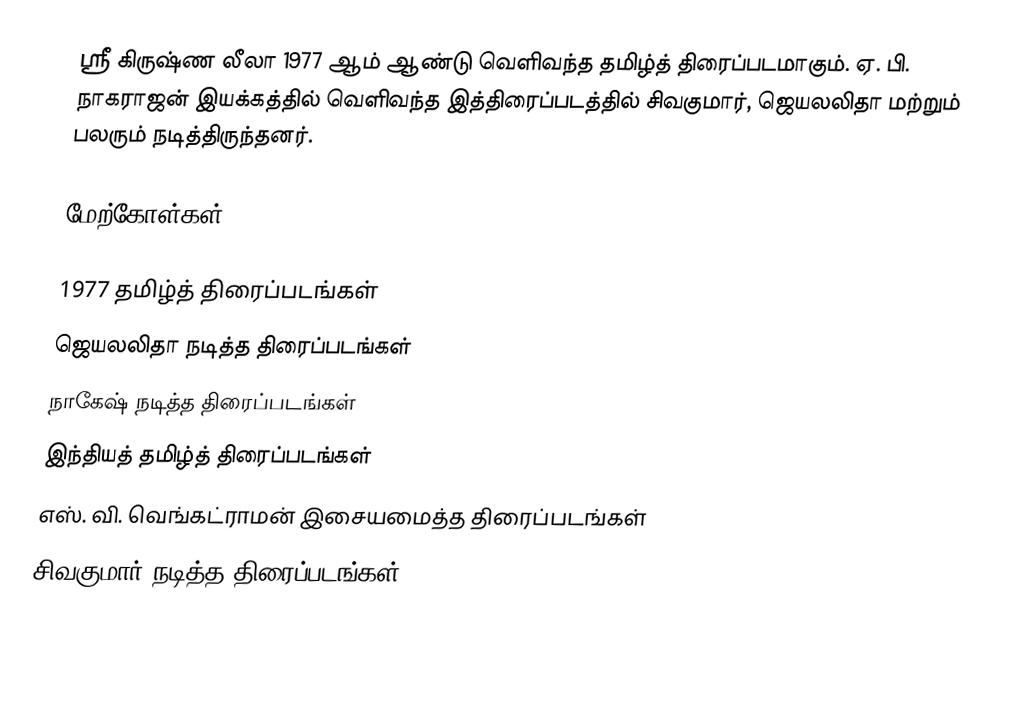
ஸ்ரீ கிருஷ்ண லீலா 1977 ஆம் ஆண்டு வெளிவந்த தமிழ்த் திரைப்படமாகும். ஏ. பி. நாகராஜன் இயக்கத்தில் வெளிவந்த இத்திரைப்படத்தில் சிவகுமார், ஜெயலலிதா மற்றும் பலரும் நடித்திருந்தனர்.

மேற்கோள்கள்

1977 தமிழ்த் திரைப்படங்கள்
ஜெயலலிதா நடித்த திரைப்படங்கள்
நாகேஷ் நடித்த திரைப்படங்கள்
இந்தியத் தமிழ்த் திரைப்படங்கள்
எஸ். வி. வெங்கட்ராமன் இசையமைத்த திரைப்படங்கள்
சிவகுமார் நடித்த திரைப்படங்கள்